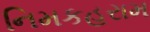
નિમકહરામ